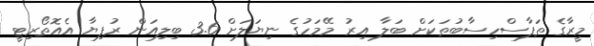
މީރާގެ ތަފާސްހިސާބުތަކަށް ބަލާ އިރު މޭމަހުގެ ނިޔަލަށް 3.6 ބިލިއަން ރުފިޔާ އެއޮތޯރިޓީ